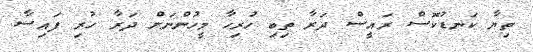
ތިޔާ ކަނޑުކޮސް ރައީސް ދަރާ ތިބި ހުރިހާ މީހުންނަށް ދަރާ ހުރި ފައިސާ